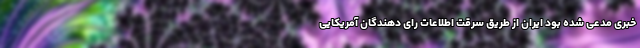
خبری مدعی شده بود ایران از طریق سرقت اطلاعات رای دهندگان آمریکایی